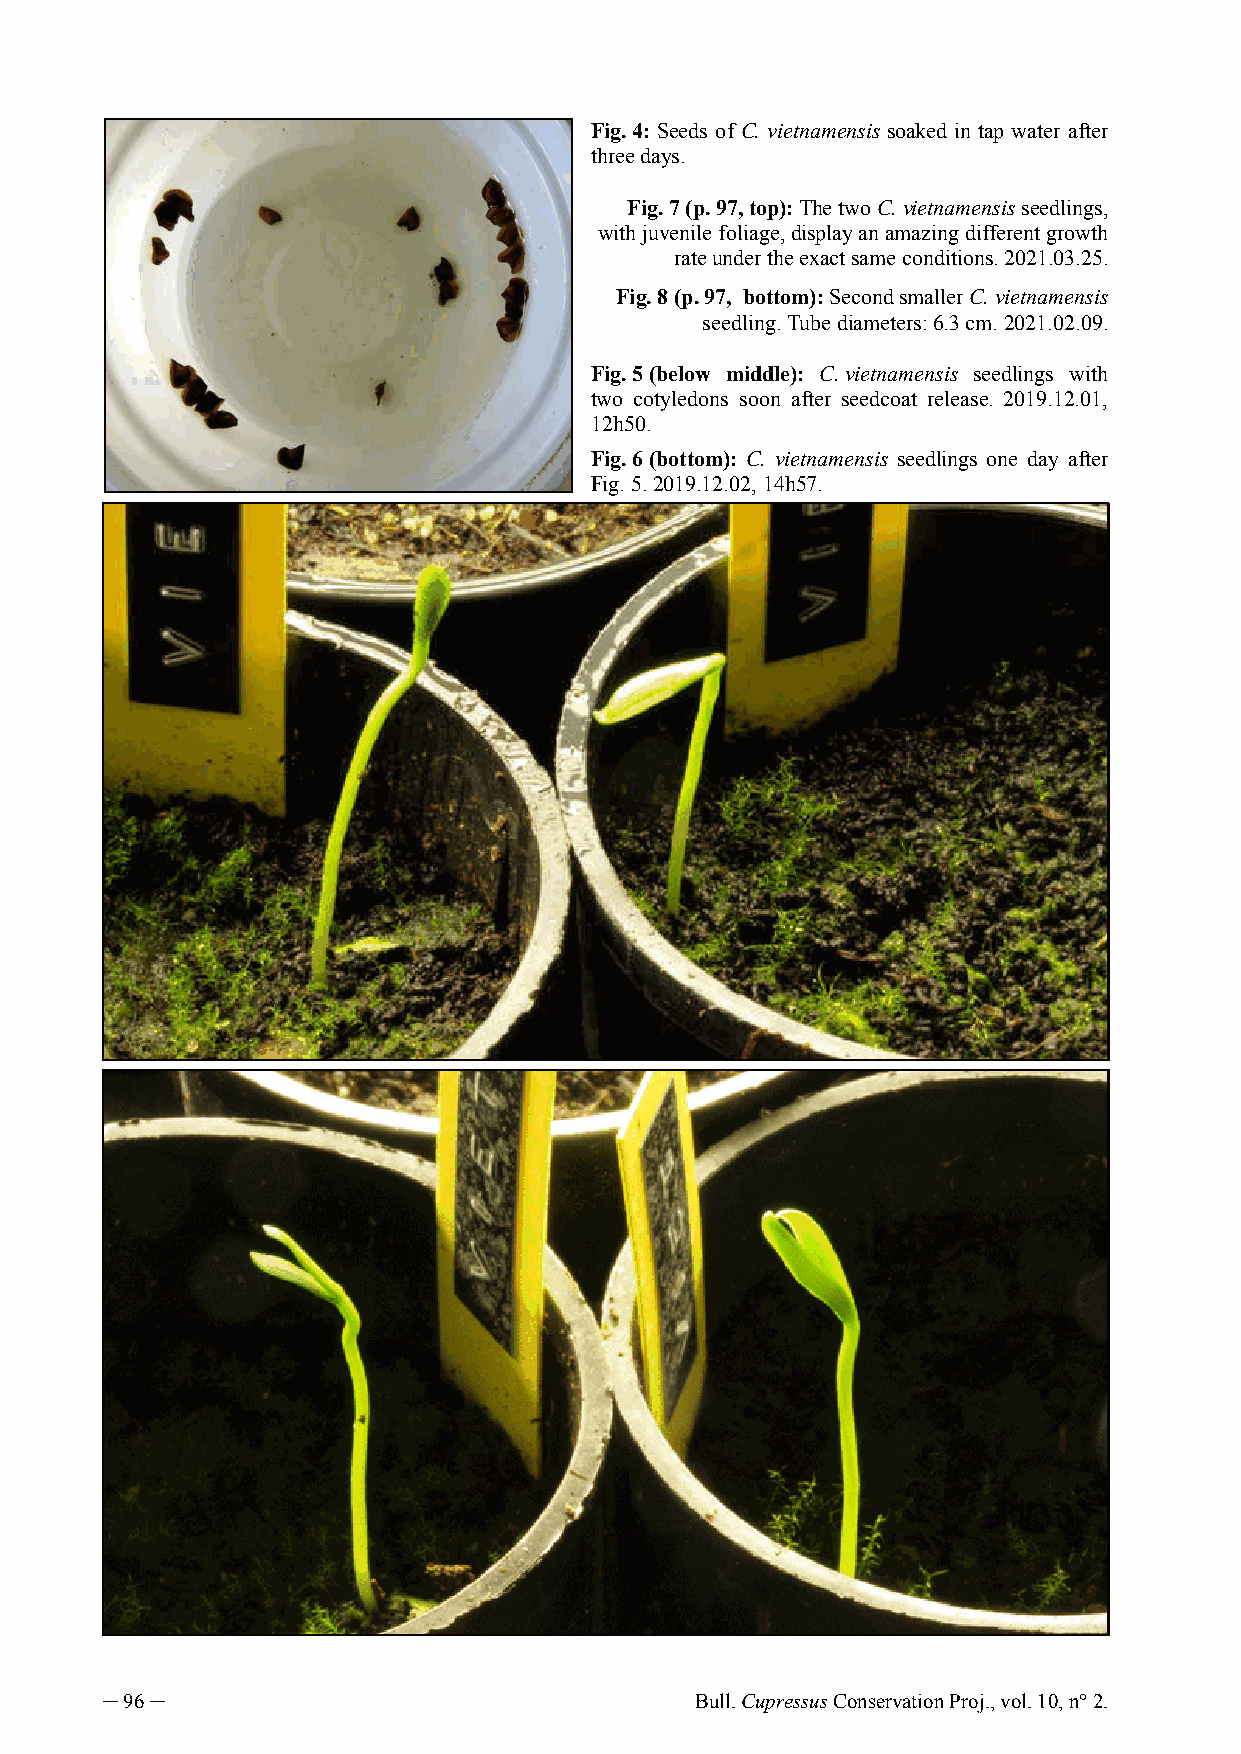
Fig. 4: Seeds of C. vietnamensis soaked in tap water after
 three days.
 Fig. 7 (p. 97, top): The two C. vietnamensis seedlings,
 with juvenile foliage, display an amazing different growth
 rate under the exact same conditions. 2021.03.25.
 Fig. 8 (p. 97, bottom): Second smaller C. vietnamensis
 seedling. Tube diameters: 6.3 cm. 2021.02.09.
 Fig. 5 (below middle): C. vietnamensis seedlings with
 two cotyledons soon after seedcoat release. 2019.12.01,
 12h50.
 Fig. 6 (bottom): C. vietnamensis seedlings one day after
 Fig. 5. 2019.12.02, 14h57.
 ─ 96 ─                                 Bull. Cupressus Conservation Proj., vol. 10, n° 2.